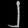
Digit: ၂